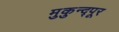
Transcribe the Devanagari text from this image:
मुकुन्द्पूर